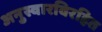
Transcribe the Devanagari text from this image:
अनुस्वारविरहित